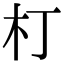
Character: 朾